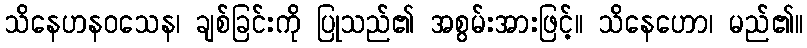
သိနေဟနဝသေန၊ ချစ်ခြင်းကို ပြုသည်၏ အစွမ်းအားဖြင့်။ သိနေဟော၊ မည်၏။